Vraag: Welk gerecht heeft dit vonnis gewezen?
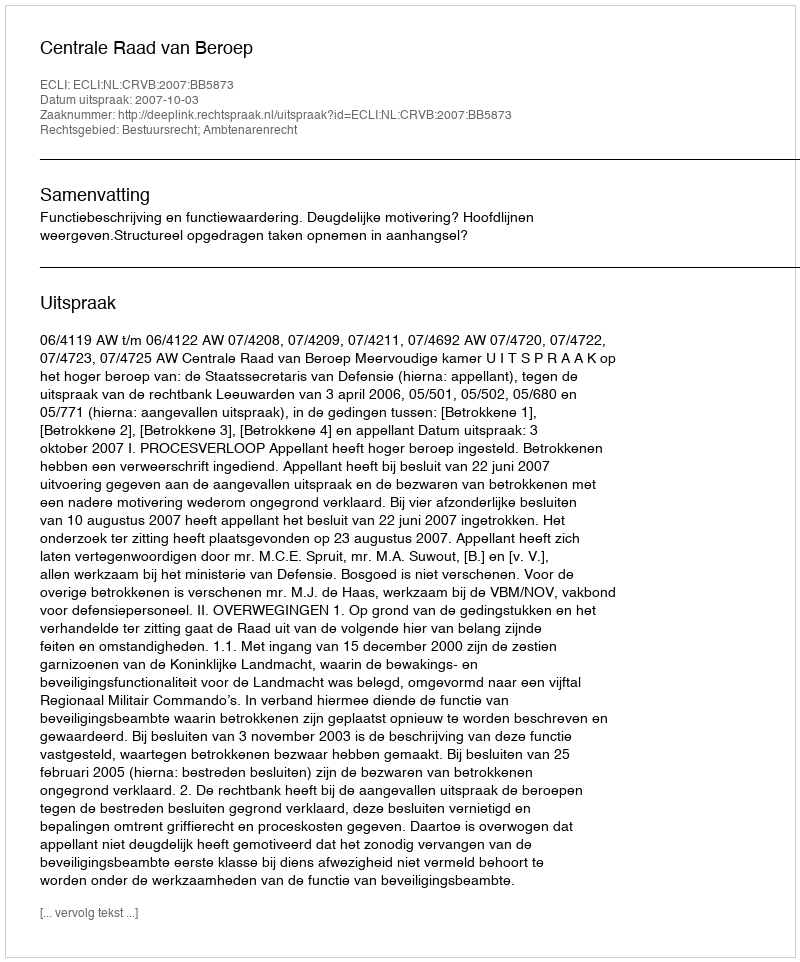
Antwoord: Centrale Raad van Beroep